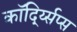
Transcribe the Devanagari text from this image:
कॉर्द्य्सिप्स